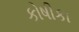
કોષીકા